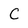
Character: C